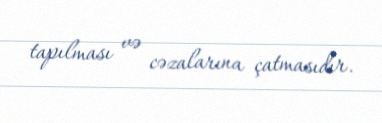
tapılması və cəzalarına çatmasıdır.